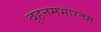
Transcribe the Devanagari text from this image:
वृहत्तमभारतम्